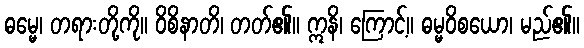
ဓမ္မေ၊ တရားတို့ကို။ ဝိစိနာတိ၊ တတ်၏။ ဣနိ၊ ကြောင့်။ ဓမ္မဝိစယော၊ မည်၏။